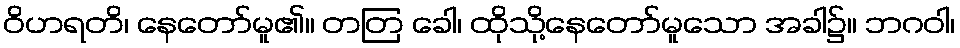
ဝိဟရတိ၊ နေတော်မူ၏။ တတြ ခေါ၊ ထိုသို့နေတော်မူသော အခါ၌။ ဘဂဝါ၊